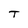
Character: T